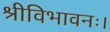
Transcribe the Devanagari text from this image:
श्रीविभावनः।